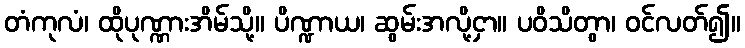
တံကုလံ၊ ထိုပုဏ္ဏားအိမ်သို့။ ပိဏ္ဍာယ၊ ဆွမ်းအလို့ငှာ။ ပဝိသိတွာ၊ ဝင်လတ်၍။